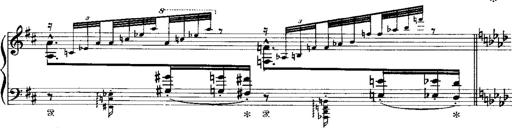
Title: Miserere du Trovatore
Composer: Franz Liszt